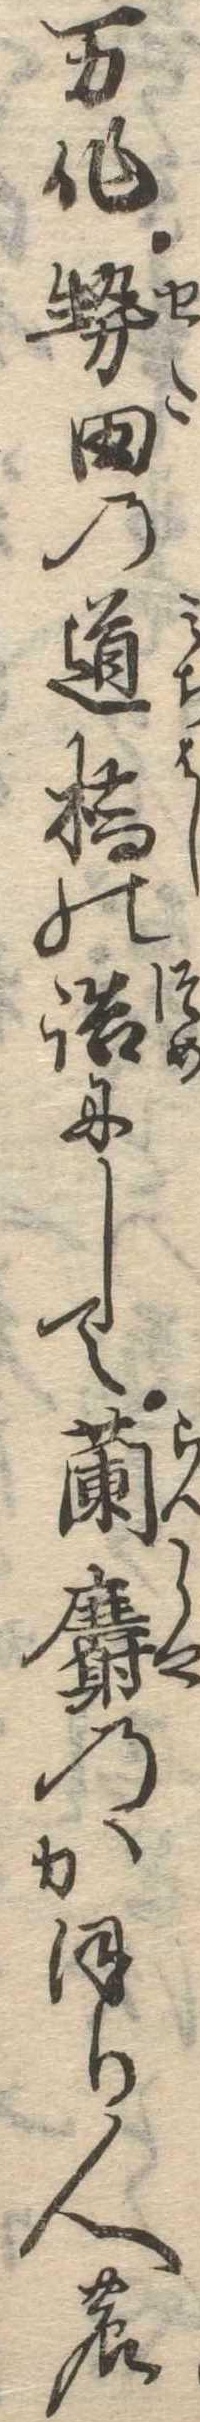
万作勢田の道橋の詰にして蘭麝のかほり人の